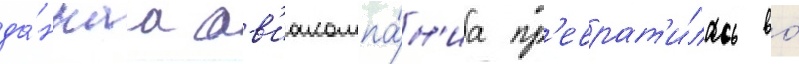
да́ннаа ав'иакомпа́н'иа пр'еврат'и́лась во́